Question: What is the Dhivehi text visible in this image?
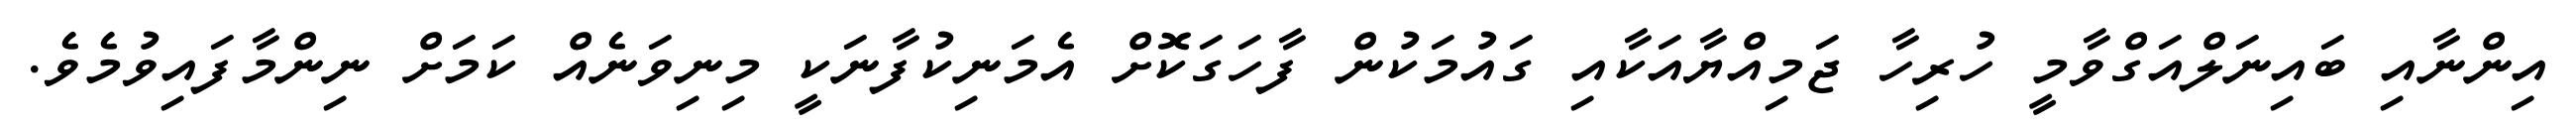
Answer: އިންނާއި ބައިނަލްއަގްވާމީ ހުރިހާ ޖަމިއްޔާއަކާއި ގައުމަކުން ފާހަގަކޮށް އެމަނިކުފާނަކީ މިނިވަނެއް ކަމަށް ނިންމާފައިވުމެވެ.